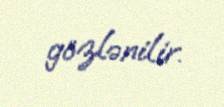
gözlənilir.